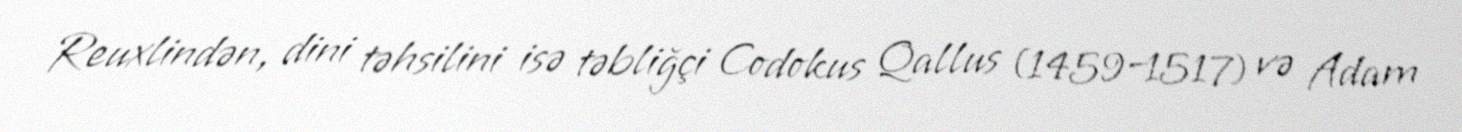
Reuxlindən, dini təhsilini isə təbliğçi Codokus Qallus (1459–1517) və Adam